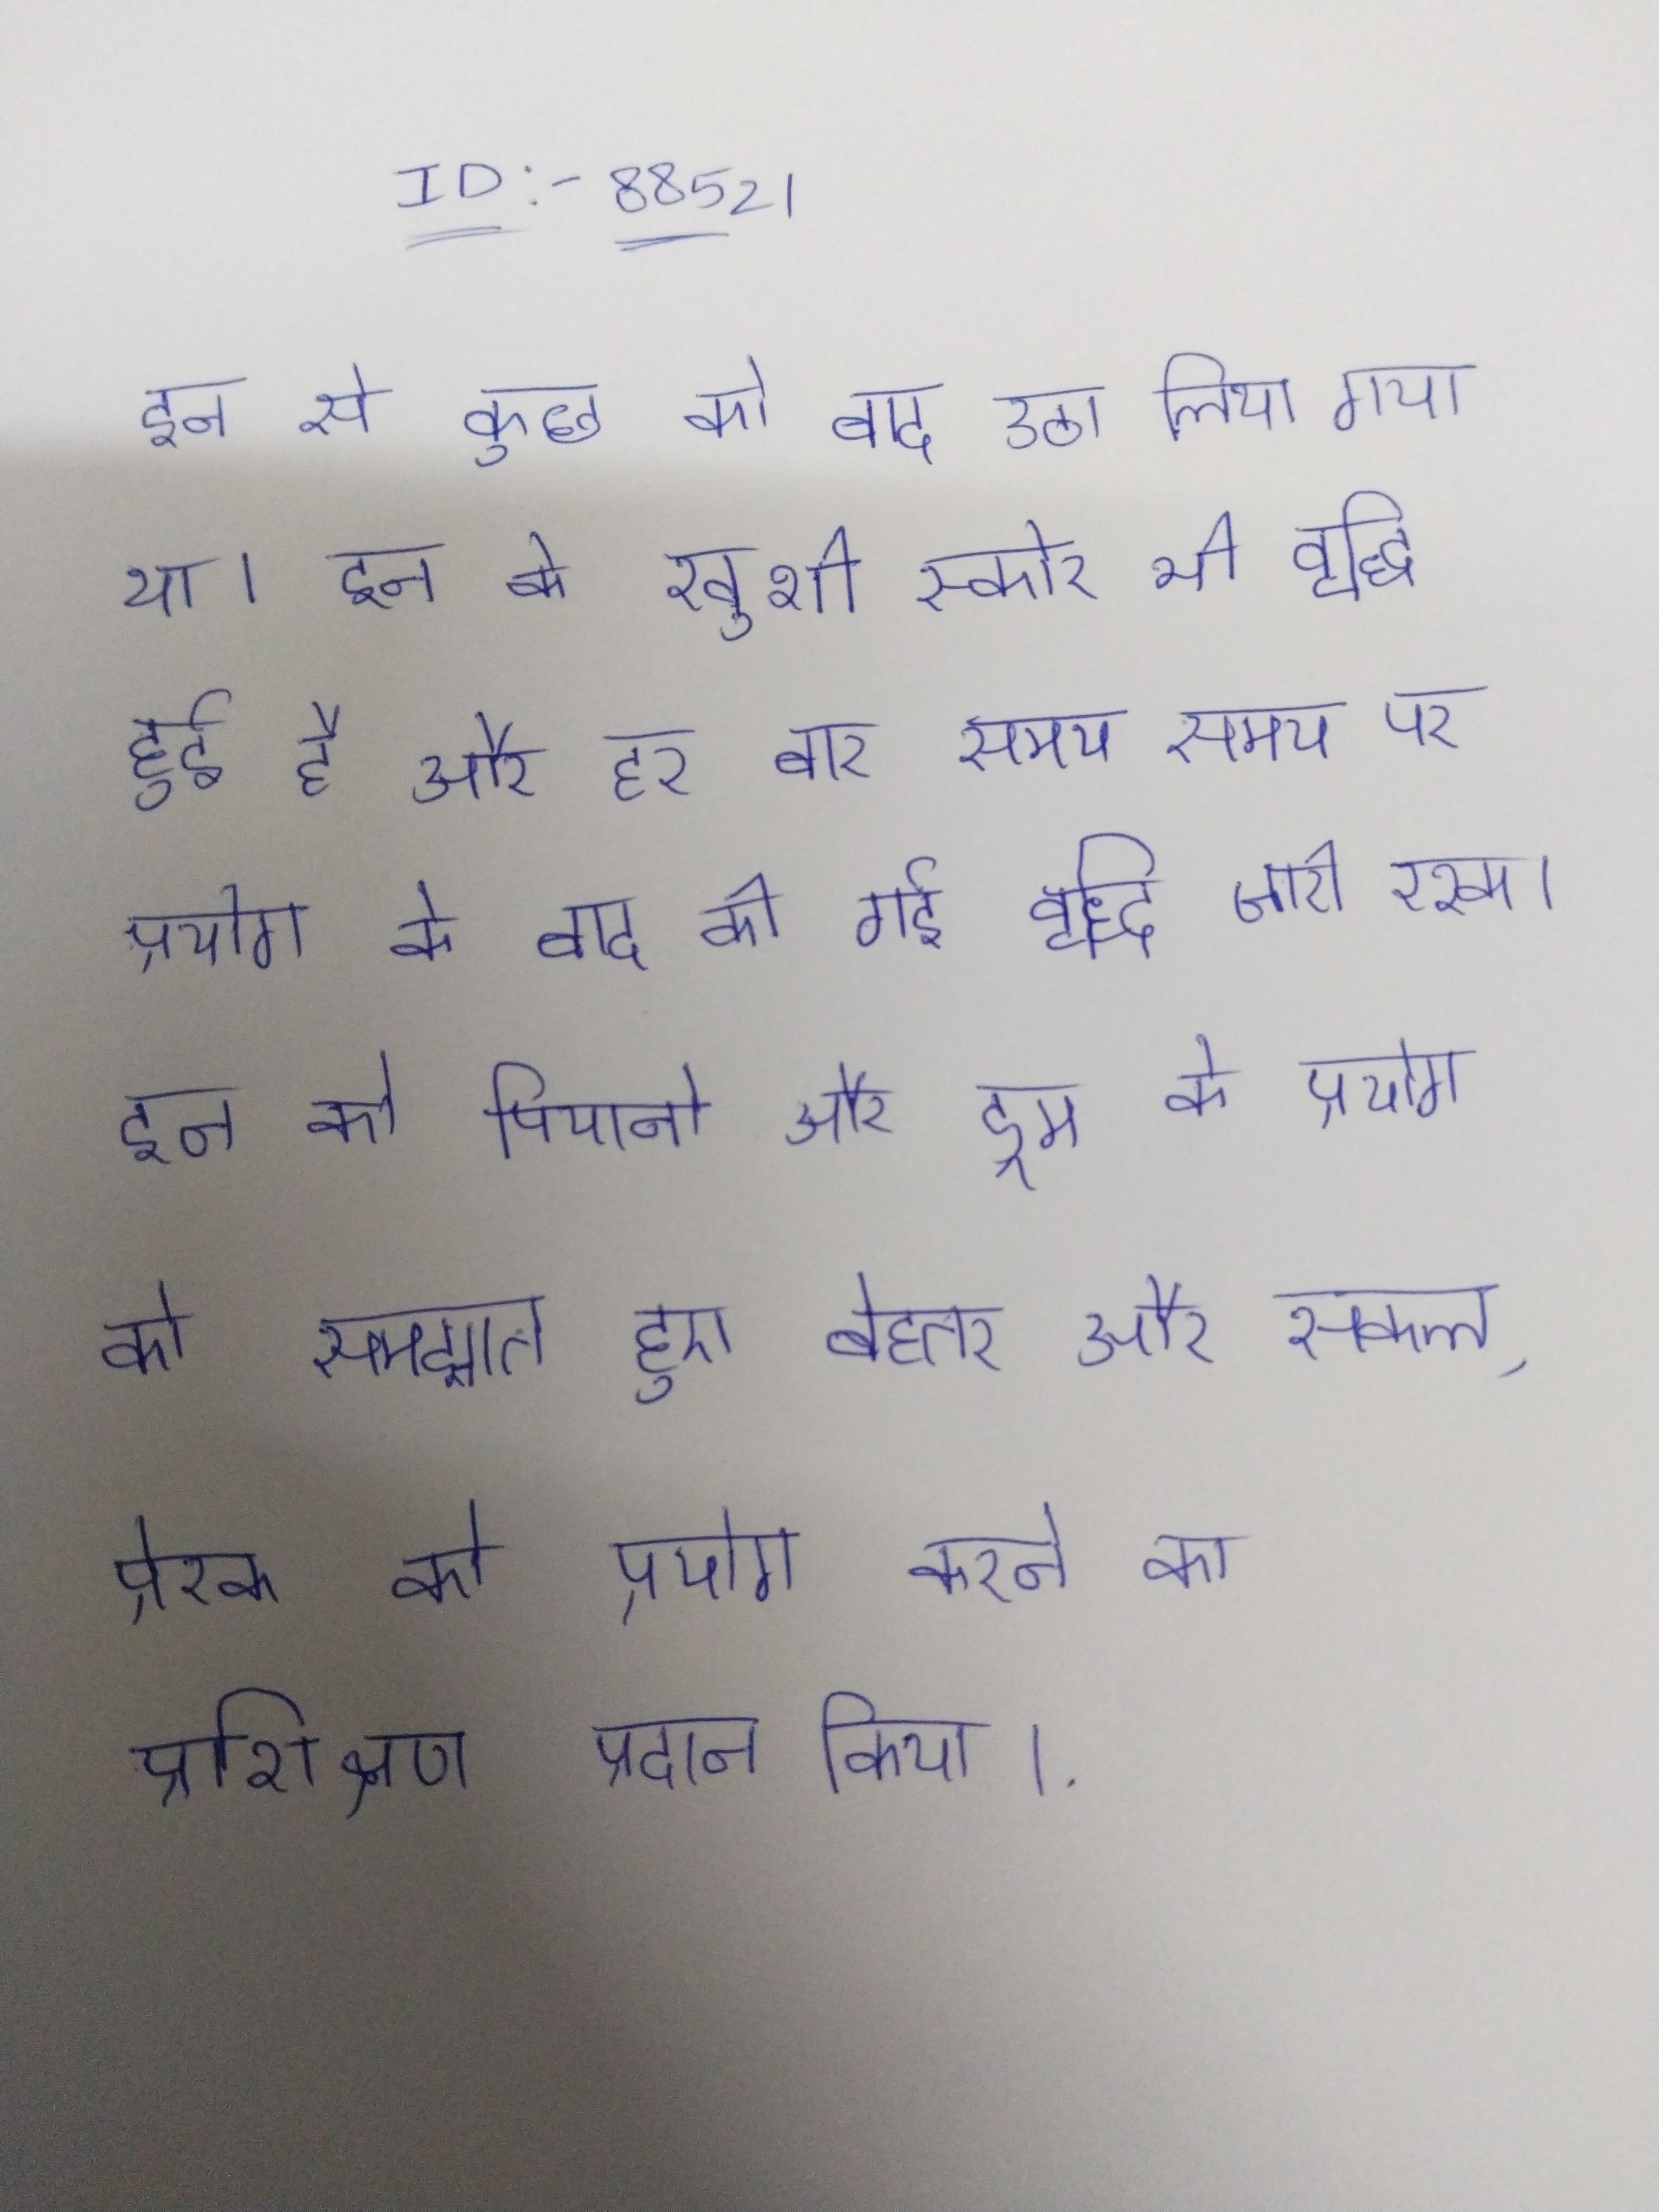
इन से कुछ को बाद उठा लिया गया था । इन के खुशी स्कोर भी वृद्धि हुई है और हर बार समय समय पर प्रयोग के बाद की गई वृद्धि जारी रखा । इन को पियानो और ड्रम के प्रयोग को समझाते हुए बेहतर और सकल, प्रेरक को प्रयोग करने का प्रशिक्षण प्रदान किया ।